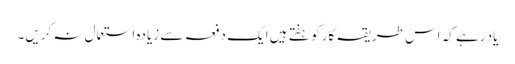
یاد رہے کہ اس طریقہ کار کو ہفتے ہیں ایک دفعہ سے زیادہ استعمال نہ کریں۔